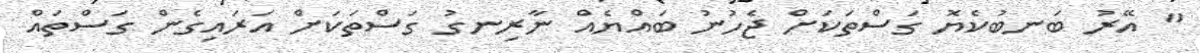
" އޭރު ބަނބުކެޔޮ ގަސްތަކަށް ޖެހުނު ބައްޔެއް ނާރިނގު ގަސްތަކަށް އަރައިގެން ގަސްތައް